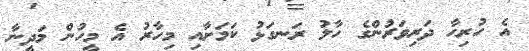
އެ ހުރިހާ ދަރިވަރުންގެ ހާލު ރަނގަޅު ކަމަށާއި މިހާރު އެ މީހުން މަދީނާ